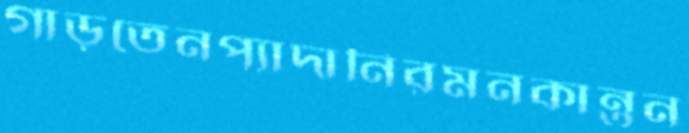
গাড়তেনপ্যাদানিরমনকান্তন